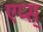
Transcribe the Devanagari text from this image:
एप्स्